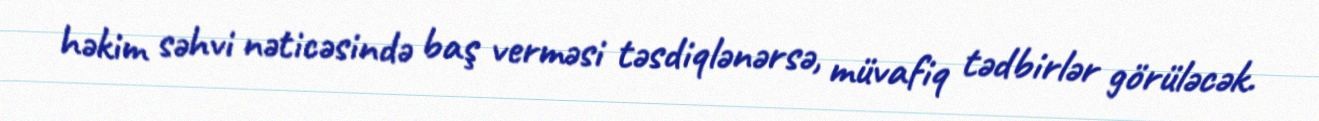
həkim səhvi nəticəsində baş verməsi təsdiqlənərsə, müvafiq tədbirlər görüləcək.